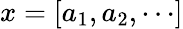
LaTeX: x=[a_{1},a_{2},\cdots]